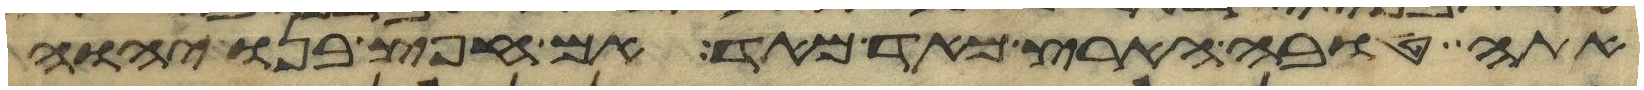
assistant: אתה טובה הארץ מאד מאד אם חפץ בנו יהוה